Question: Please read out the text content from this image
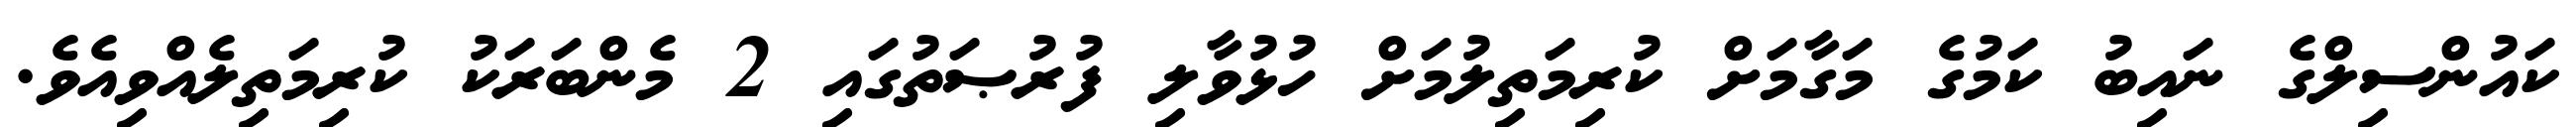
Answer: ކައުންސިލްގެ ނައިބު ކަމުގެ މަގާމަށް ކުރިމަތިލުމަށް ހުޅުވާލި ފުރުޞަތުގައި 2 މެންބަރަކު ކުރިމަތިލެއްވިއެވެ.